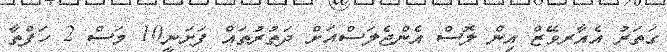
ގަތަރު އެއާރވޭޒް އިން ލޮސް އެންޖެލަސްއަށް ދަތުރުތައް ފަށަނީ10 މަސް 2 ހަފްތާ